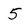
Character: 5